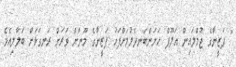
" ފަޒީނާގެ ޖުމްލައިން އަލޫފް ހަށަންބަނދެލުމަށްފަހު ފަޒީނާގެ މޫނަށް ވަރަށް ރަނގަޅަށް ބަލާލިއެވެ.